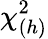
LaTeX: \chi_{(h)}^{2}